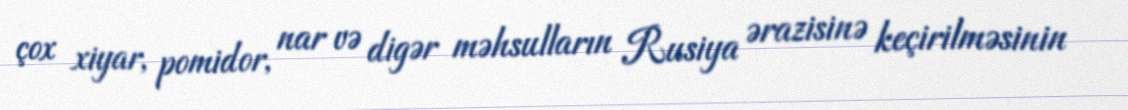
çox xiyar, pomidor, nar və digər məhsulların Rusiya ərazisinə keçirilməsinin